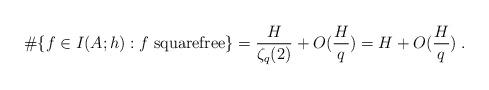
LaTeX: \begin{align*}\#\{f\in I(A;h): f \; {\rm squarefree}\} =\frac{H}{\zeta_q(2)} +O(\frac Hq) = H+O(\frac Hq) \;.\end{align*}